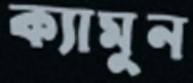
ক্যামুন